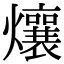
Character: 爙